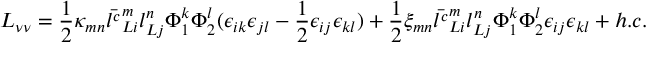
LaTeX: { \cal L } _ { \nu \nu } = { \frac { 1 } { 2 } } \kappa _ { m n } \bar { l ^ { c } } _ { L i } ^ { m } l _ { L j } ^ { n } \Phi _ { 1 } ^ { k } \Phi _ { 2 } ^ { l } ( \epsilon _ { i k } \epsilon _ { j l } - { \frac { 1 } { 2 } } \epsilon _ { i j } \epsilon _ { k l } ) + { \frac { 1 } { 2 } } \xi _ { m n } \bar { l ^ { c } } _ { L i } ^ { m } l _ { L j } ^ { n } \Phi _ { 1 } ^ { k } \Phi _ { 2 } ^ { l } \epsilon _ { i j } \epsilon _ { k l } + h . c .